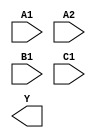
module sky130_fd_sc_hd__a211oi (
    //# {{data|Data Signals}}
    input  A1,
    input  A2,
    input  B1,
    input  C1,
    output Y
);

    // Voltage supply signals
    supply1 VPWR;
    supply0 VGND;
    supply1 VPB ;
    supply0 VNB ;

endmodule